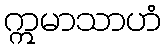
ဣမာသာဟံ